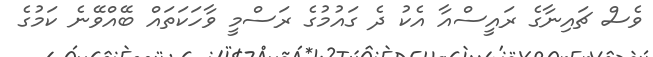
ވެސް ޗައިނާގެ ރައީސްއާ އެކު ދެ ގައުމުގެ ރަސްމީ ވާހަކަތައް ބޭއްވޭނެ ކަމުގެ